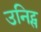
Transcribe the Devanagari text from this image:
उनिट्स